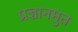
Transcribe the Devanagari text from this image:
प्रज्ञानमुत